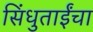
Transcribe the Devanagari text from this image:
सिंधुताईंचा